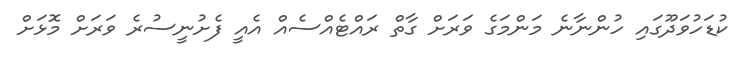
ކުޑަހުވަދޫގައި ހުންނާނެ މަންމަގެ ވަރަށް ގާތް ރައްޓެއްސެއް އެއީ ފެށުނީސުރެ ވަރަށް މޮޅަށް